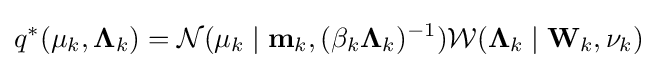
q^{*}(\mathbf {\mu } _{k},\mathbf {\Lambda } _{k})={\mathcal {N}}(\mathbf {\mu } _{k}\mid \mathbf {m} _{k},(\beta _{k}\mathbf {\Lambda } _{k})^{-1}){\mathcal {W}}(\mathbf {\Lambda } _{k}\mid \mathbf {W} _{k},\nu _{k})